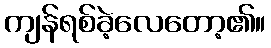
ကျန်ရစ်ခဲ့လေတော့၏။